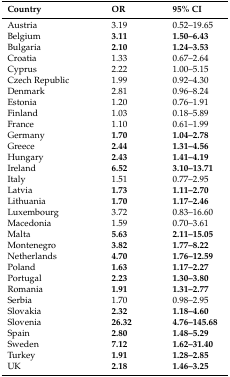
| Country | OR | 95% CI |
 | --- | --- | --- |
 | Austria | 3.19 | 0.52–19.65 |
 | Belgium | 3.11 | 1.50–6.43 |
 | Bulgaria | 2.10 | 1.24–3.53 |
 | Croatia | 1.33 | 0.67–2.64 |
 | Cyprus | 2.22 | 1.00–5.15 |
 | Czech Republic | 1.99 | 0.92–4.30 |
 | Denmark | 2.81 | 0.96–8.24 |
 | Estonia | 1.20 | 0.76–1.91 |
 | Finland | 1.03 | 0.18–5.89 |
 | France | 1.10 | 0.61–1.99 |
 | Germany | 1.70 | 1.04–2.78 |
 | Greece | 2.44 | 1.31–4.56 |
 | Hungary | 2.43 | 1.41–4.19 |
 | Ireland | 6.52 | 3.10–13.71 |
 | Italy | 1.51 | 0.77–2.95 |
 | Latvia | 1.73 | 1.11–2.70 |
 | Lithuania | 1.70 | 1.17–2.46 |
 | Luxembourg | 3.72 | 0.83–16.60 |
 | Macedonia | 1.59 | 0.70–3.61 |
 | Malta | 5.63 | 2.11–15.05 |
 | Montenegro | 3.82 | 1.77–8.22 |
 | Netherlands | 4.70 | 1.76–12.59 |
 | Poland | 1.63 | 1.17–2.27 |
 | Portugal | 2.23 | 1.30–3.80 |
 | Romania | 1.91 | 1.31–2.77 |
 | Serbia | 1.70 | 0.98–2.95 |
 | Slovakia | 2.32 | 1.18–4.60 |
 | Slovenia | 26.32 | 4.76–145.68 |
 | Spain | 2.80 | 1.48–5.29 |
 | Sweden | 7.12 | 1.62–31.40 |
 | Turkey | 1.91 | 1.28–2.85 |
 | UK | 2.18 | 1.46–3.25 |